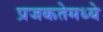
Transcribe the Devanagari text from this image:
प्रजकतेमध्ये